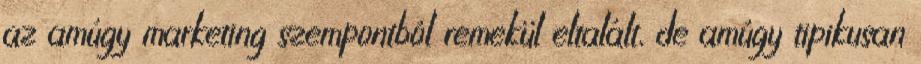
az amúgy marketing szempontból remekül eltalált, de amúgy tipikusan